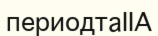
периодтаІІА